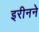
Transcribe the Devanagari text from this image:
इरीनने